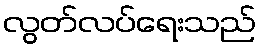
လွတ်လပ်ရေးသည်